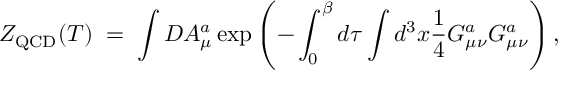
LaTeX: Z _ { \mathrm { Q C D } } ( T ) \; = \; \int { \cal D } A _ { \mu } ^ { a } \exp \left( - \int _ { 0 } ^ { \beta } d \tau \int d ^ { 3 } x { \frac { 1 } { 4 } } G _ { \mu \nu } ^ { a } G _ { \mu \nu } ^ { a } \right) ,